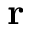
\mathbf { r }